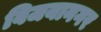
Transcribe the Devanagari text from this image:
विजयानगर